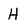
Character: H